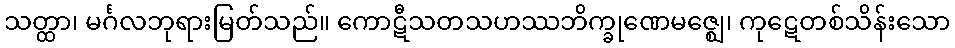
သတ္ထာ၊ မင်္ဂလဘုရားမြတ်သည်။ ကောဋီသတသဟဿဘိက္ခုဏေမဇ္ဈေ၊ ကုဋေတစ်သိန်းသော